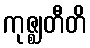
ကုဇ္ဈတီတိ